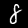
Digit: 8